Report on horse surra - Volume I
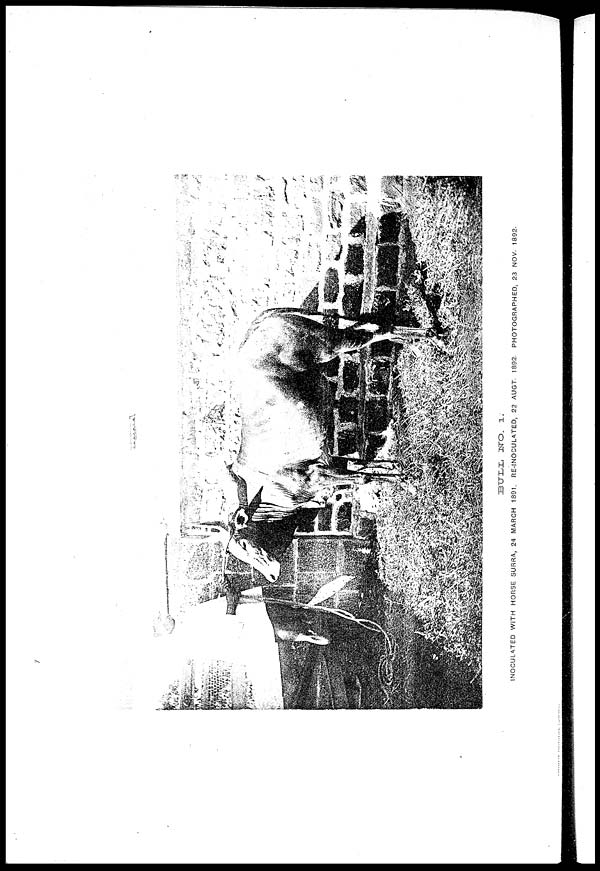
BULL NO.
1.
INOCULATED WITH HORSE SURRA, 24 MARCH 1891. RE-INOCULATED, 22 AUGT. 1892. PHOTOGRAPHED, 23 NOV. 1892.